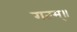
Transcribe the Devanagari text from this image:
गतम्॥